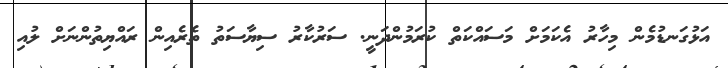
އަޅުގަނޑުމެން މިހާރު އެކަމަށް މަސައްކަތް ކުރަމުންދަނީ. ސަރުކާރު ސިޔާސަތު ތެރެއިން ރައްޔިތުންނަށް ލުއި